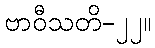
ဗာဝီသတိ-၂၂။